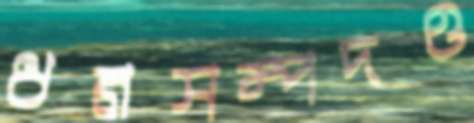
ধনসম্পদও